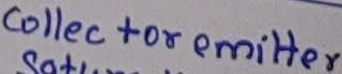
Text: Collector emitter